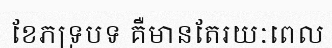
ខែភទ្របទ គឺមានតែរយៈពេល